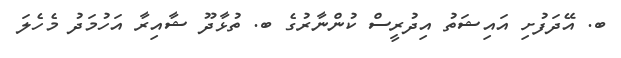
ބ. އޭދަފުށި އައިޝަތު އިދުރީސް ކުންނާރުގެ ބ. ތުޅާދޫ ޝާއިރާ އަހުމަދު މެހެލަ